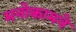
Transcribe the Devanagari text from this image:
मनोकामने